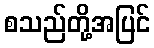
စသည်တို့အပြင်